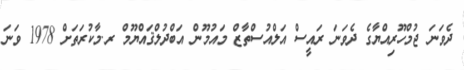
ދެވަނަ ޖުމްހޫރިއްޔާގެ ދެވަނަ ރައީސްް އަލްއުސްތާޒް މައުމޫން އަބްދުލްޤައްޔޫމް ރ.މާކުރަތަށް 1978 ވަނަ